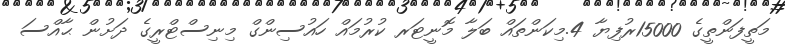
މަތީފަންތީގެ 15000ރުފިޔާ 4.މިކަންތައް ބަލާ މޮނީޓަރ ކުރުމައް ހައުސިންގް މިނިސްޓްރީގެ ދަށުން ޙާއްސަ